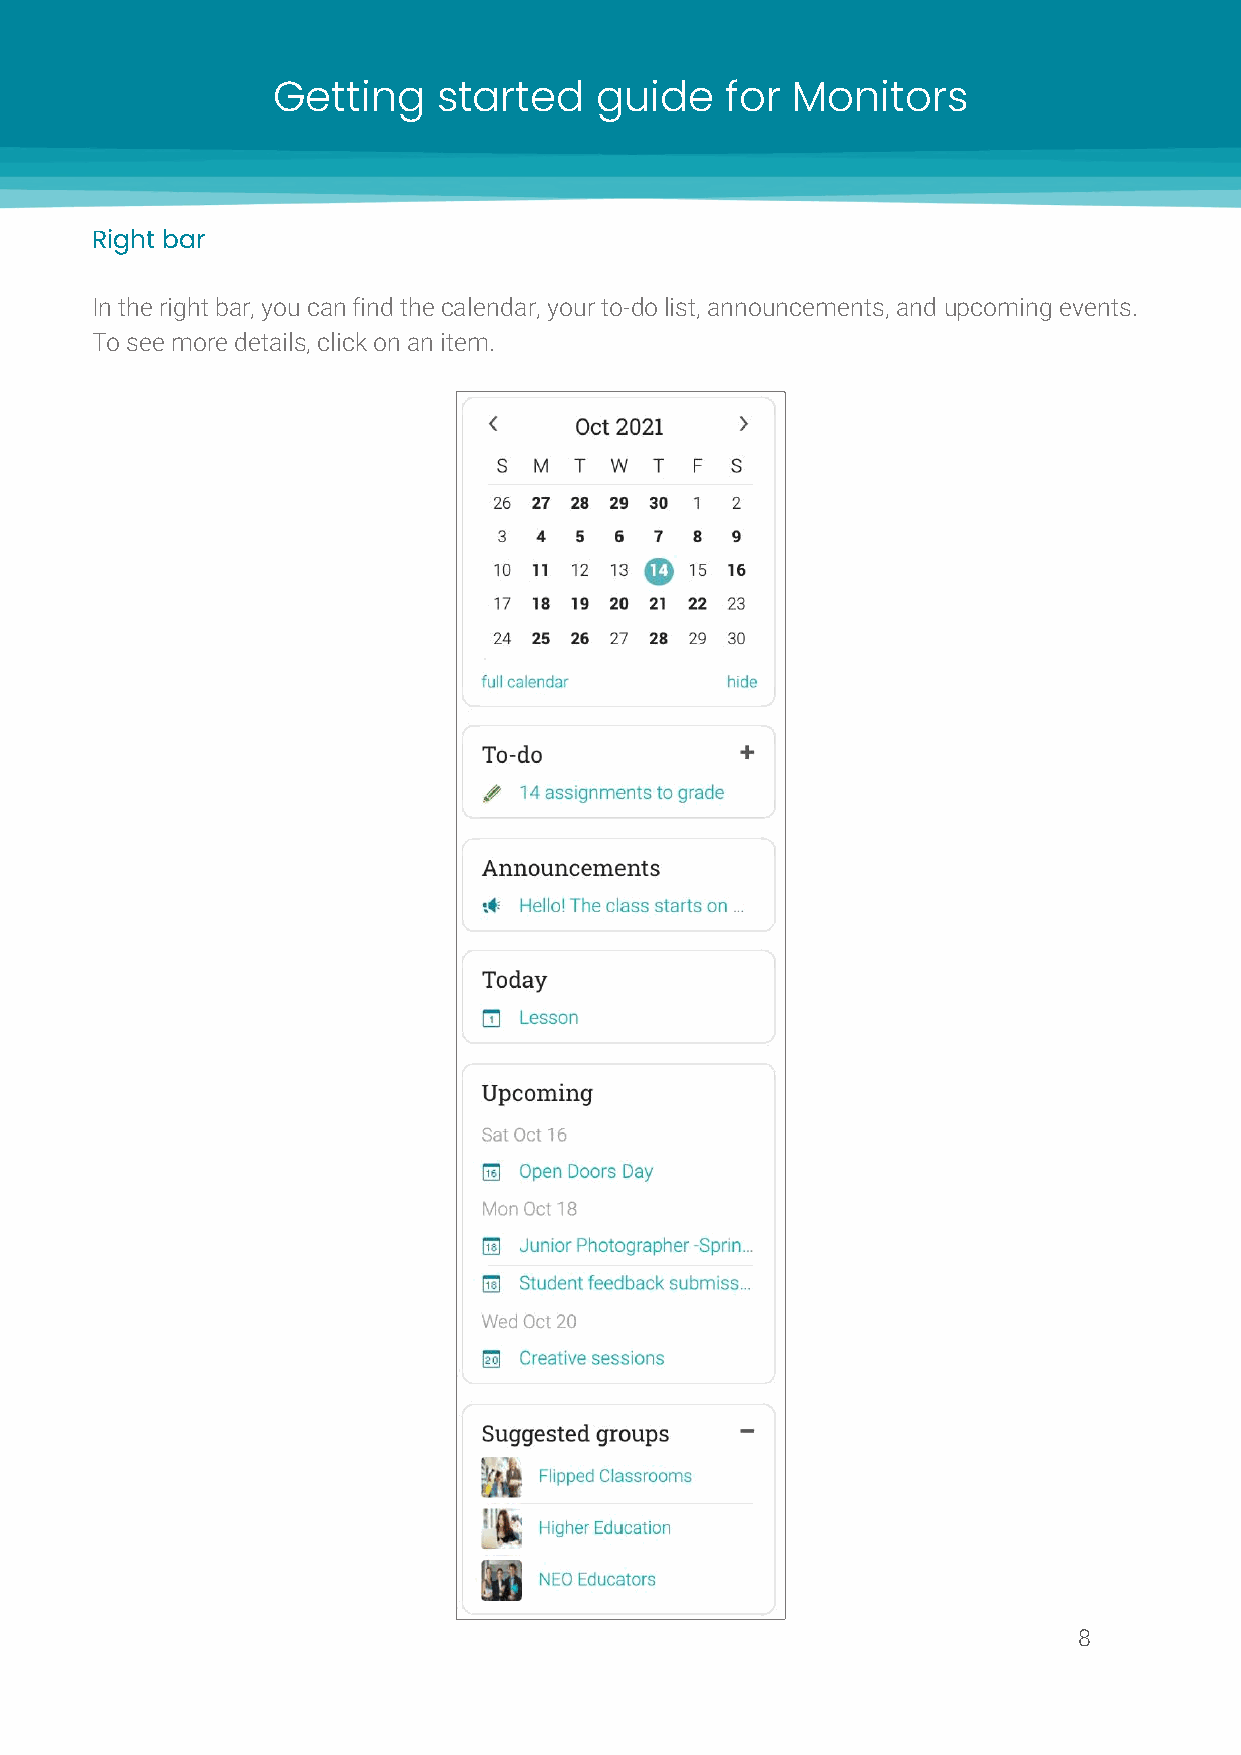
Getting    started   guide    for Monitors
 Right bar
 In the right bar, you can find the calendar, your to-do list, announcements, and upcoming events.
 To see more details, click on an item.
 8